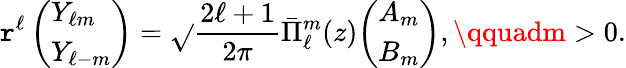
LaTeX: \mathtt{r}^{\ell}\, {\left(\begin{array}{l}{Y_{\ell m}}\\ {Y_{\ell-m}}\end{array}\right)}={\sqrt{}{{\frac{{2\ell+1}}{{2\pi}}}}}{\bar{{\Pi}}}_{\ell}^{m}(z){\left(\begin{array}{l}{A_{m}}\\ {B_{m}}\end{array}\right)},\qquadm>0.